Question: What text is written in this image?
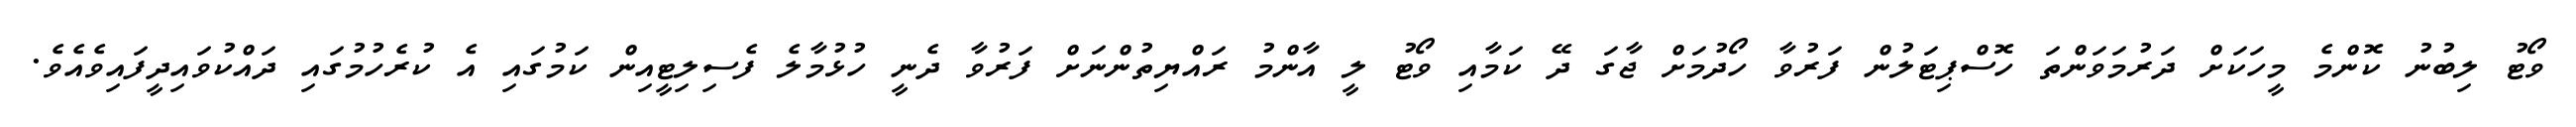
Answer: ވޯޓު ލިބުނު ކޮންމެ މީހަކަށް ދަރުމަވަންތަ ހޮސްޕިޓަލުން ފަރުވާ ހޯދުމަށް ޖާގަ ދޭ ކަމާއި ވޯޓު ލީ އާންމު ރައްޔިތުންނަށް ފަރުވާ ދެނީ ހުޅުމާލެ ފެސިލިޓީއިން ކަމުގައި އެ ކުރެހުމުގައި ދައްކުވައިދީފައިވެއެވެ.